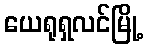
ယေရုရှလင်မြို့